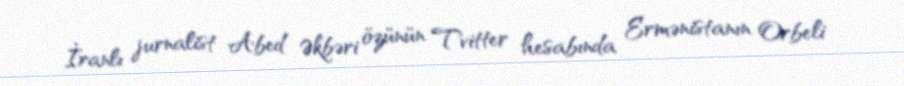
İranlı jurnalist Abed Əkbəri özünün Tvitter hesabında Ermənistanın Orbeli